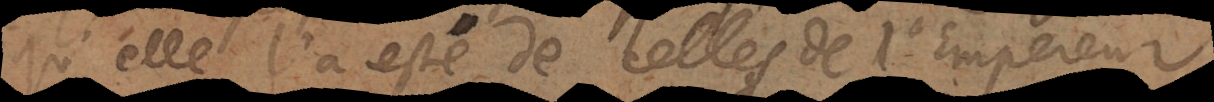
qu’elle l’a esté de celles de l’Empereur